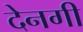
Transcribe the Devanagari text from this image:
देनगी